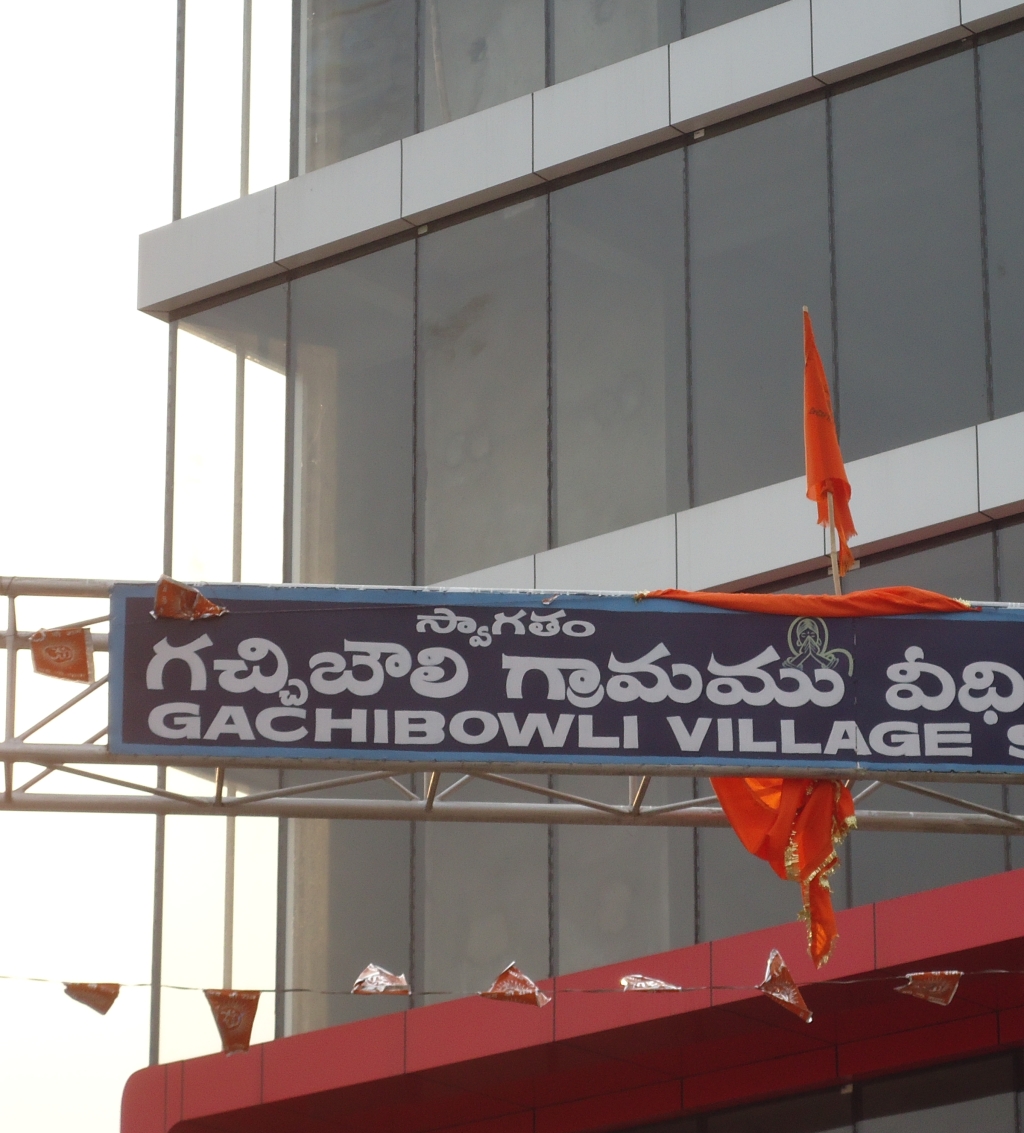
Language: telugu
Transcription: గచ్చిబౌలి గ్రామము వీధి స్వాగతం